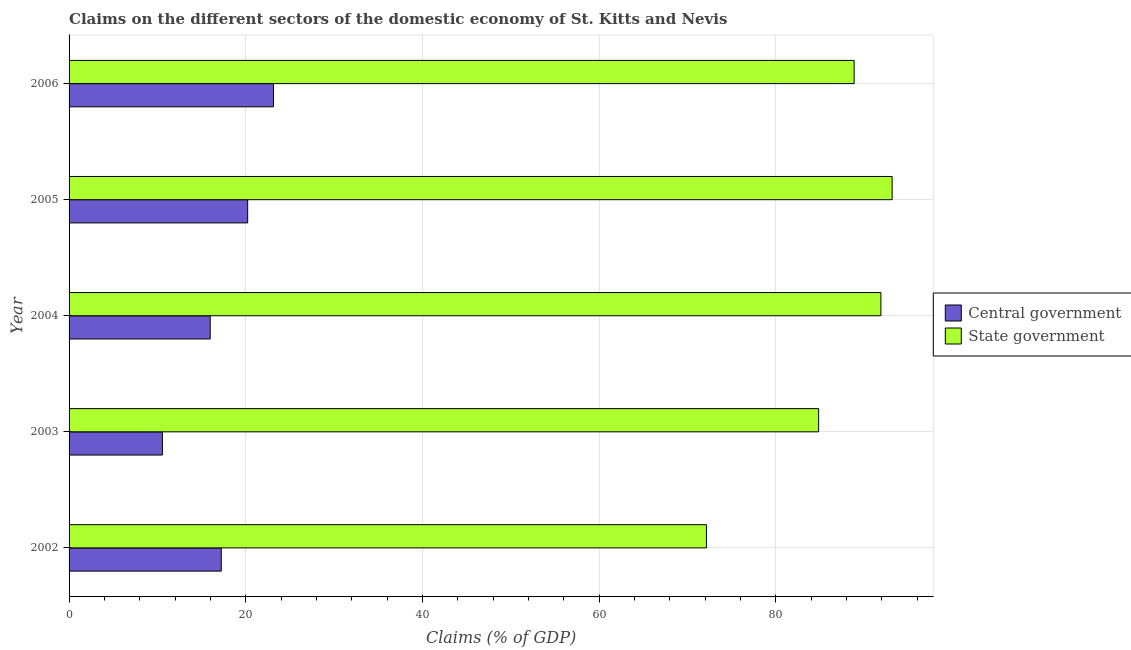
| Year | Central government | State government |
 | --- | --- | --- |
 | 2002 | 17.2 | 72.2 |
 | 2003 | 10.6 | 84.8 |
 | 2004 | 16 | 91.9 |
 | 2005 | 20.2 | 93.2 |
 | 2006 | 23.1 | 88.9 |